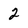
Character: 2